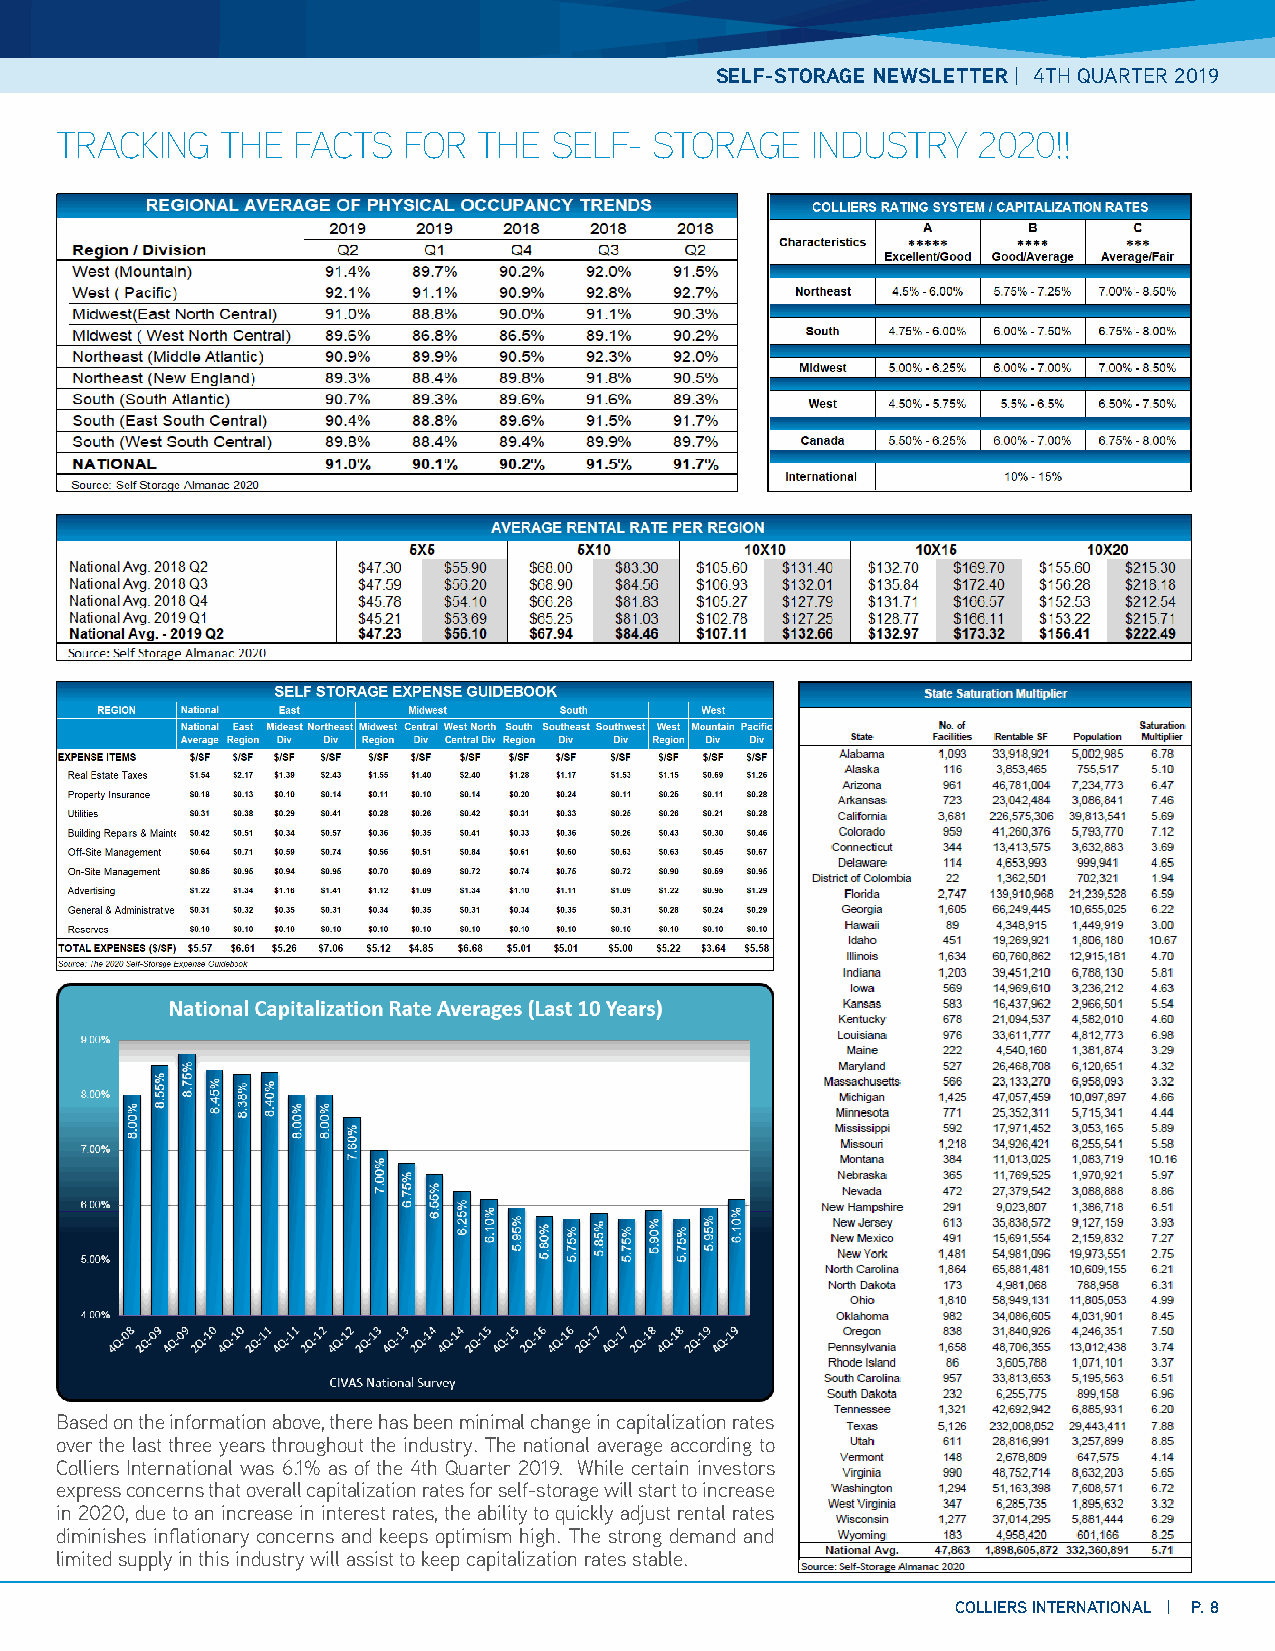
SELF-STORAGE NEWSLETTER | 4TH QUARTER 2019
 TRACKING   THE FACTS   FOR  THE SELF-  STORAGE    INDUSTRY   2020!!
 Based on the information above, there has been minimal change in capitalization rates
 over the last three years throughout the industry. The national average according to
 Colliers International was 6.1% as of the 4th Quarter 2019. While certain investors
 express concerns that overall capitalization rates for self-storage will start to increase
 in 2020, due to an increase in interest rates, the ability to quickly adjust rental rates
 diminishes inflationary concerns and keeps optimism high. The strong demand and
 limited supply in this industry will assist to keep capitalization rates stable.
 COLLIERS INTERNATIONAL | P. 8